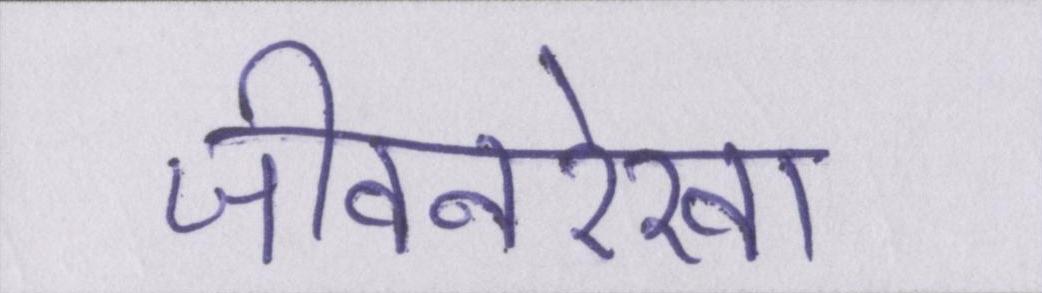
जीवनरेखा